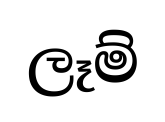
ලෑම්